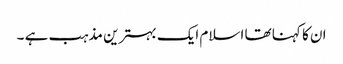
ان کا کہنا تھا اسلام ایک بہترین مذہب ہے ۔